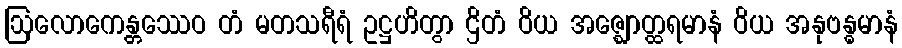
ဩလောကေန္တဿေဝ တံ မတသရီရံ ဥဋ္ဌဟိတွာ ဌိတံ ဝိယ အဇ္ဈောတ္ထရမာနံ ဝိယ အနုဗန္ဓမာနံ